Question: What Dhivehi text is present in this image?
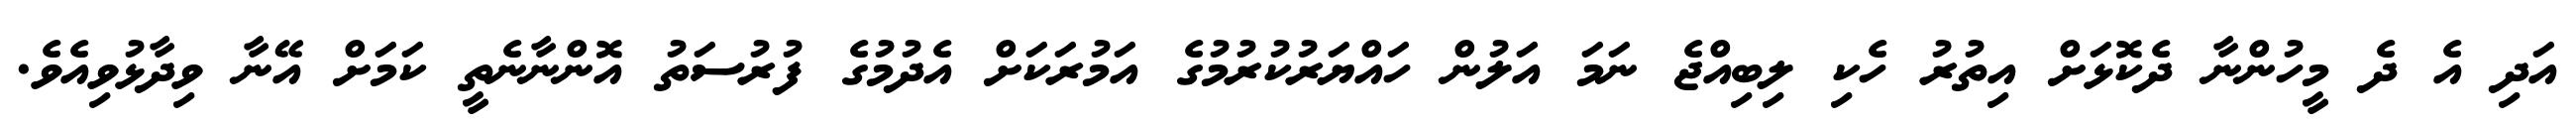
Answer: އަދި އެ ދެ މީހުންނާ ދެކޮޅަށް އިތުރު ހެކި ލިބިއްޖެ ނަމަ އަލުން ހައްޔަރުކުރުމުގެ އަމުރަކަށް އެދުމުގެ ފުރުސަތު އޮންނާނެތީ ކަމަށް އޭނާ ވިދާޅުވިއެވެ.